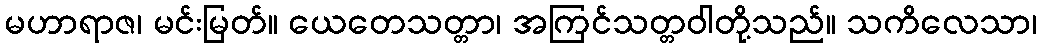
မဟာရာဇ၊ မင်းမြတ်။ ယေတေသတ္တာ၊ အကြင်သတ္တဝါတို့သည်။ သကိလေသာ၊